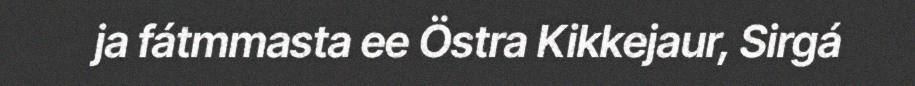
ja fátmmasta ee Östra Kikkejaur, Sirgá